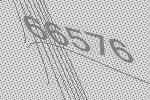
66576